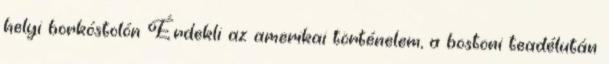
helyi borkóstolón Érdekli az amerikai történelem, a bostoni teadélután